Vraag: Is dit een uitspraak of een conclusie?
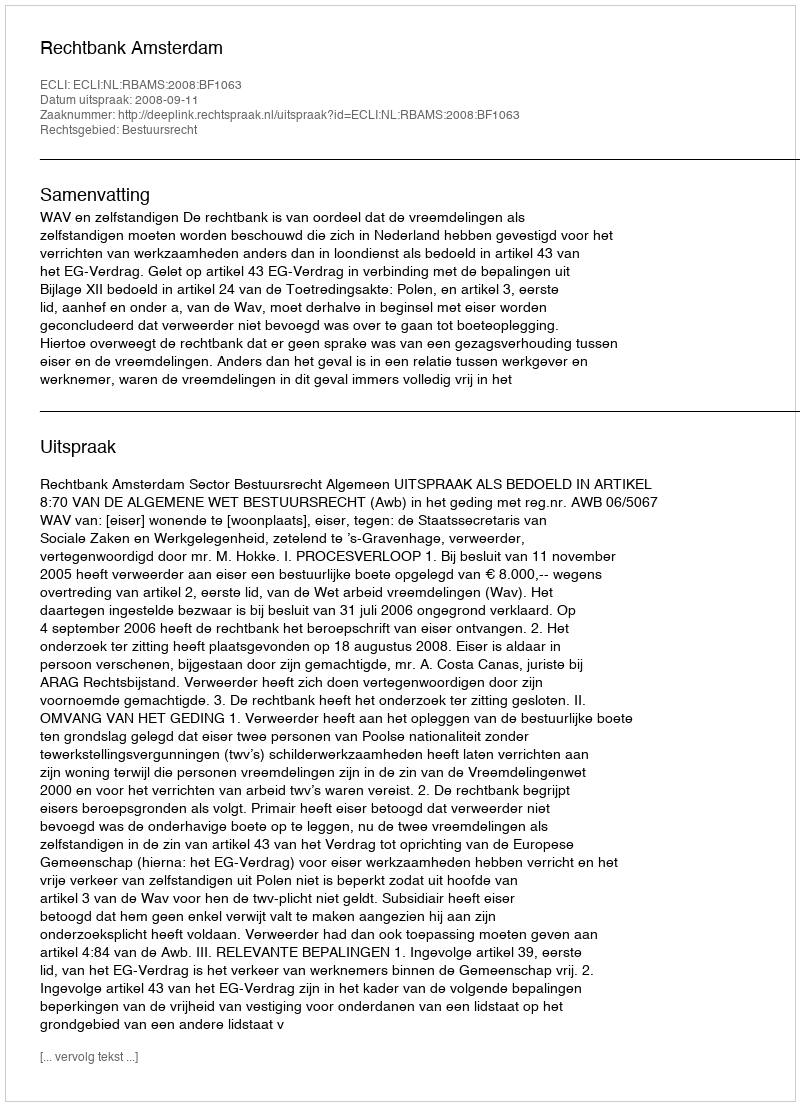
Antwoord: Uitspraak